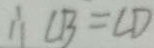
\therefore \angle B = \angle D